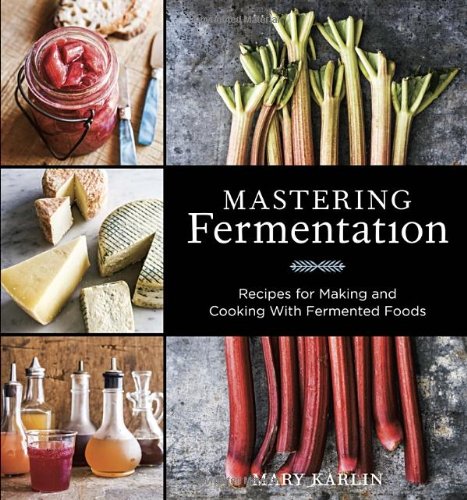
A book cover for Mastering Fermentation: Recipes for Making and Cooking with Fermented Foods; Mary Karlin; Cookbooks, Food & Wine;